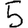
Digit: 5